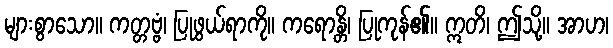
များစွာသော။ ကတ္တဗ္ဗံ၊ ပြုဖွယ်ရာကို။ ကရောန္တိ၊ ပြုကုန်၏။ ဣတိ၊ ဤသို့။ အာဟ၊